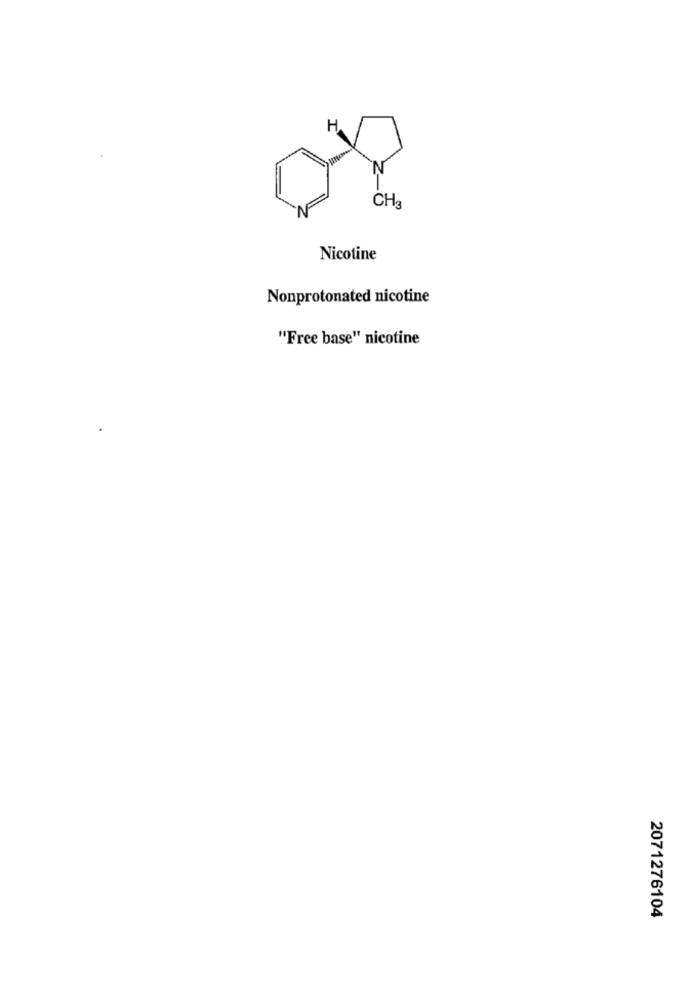
H
CH3
N
Nicotine
Nonprotonated nicotine
"Free base" nicotine
2071276104